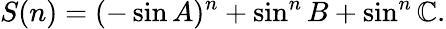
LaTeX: S(n)=(-\sin{A})^{n}+\sin^{n}{B}+\sin^{n}{\mathbb{C}}.